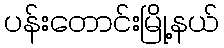
ပန်းတောင်းမြို့နယ်